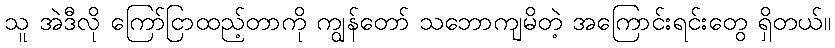
သူ အဲဒီလို ကြော်ငြာထည့်တာကို ကျွန်တော် သဘောကျမိတဲ့ အကြောင်းရင်းတွေ ရှိတယ်။